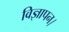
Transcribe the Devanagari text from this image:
विज्ञापन।